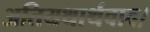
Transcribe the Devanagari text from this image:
अतियथार्थवाद।